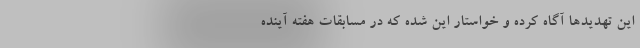
این تهدید‌ها آگاه کرده و خواستار این شده که در مسابقات هفته آینده